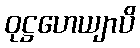
ဝုဋ္ဌဟေယျာပိ